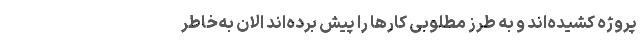
پروژه کشیده‌اند و به طرز مطلوبی کارها را پیش برده‌اند الان به‌خاطر